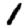
Digit: 1